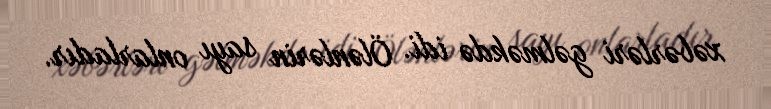
xəbərləri gəlməkdə idi. Ölənlərin sayı onlarladır.